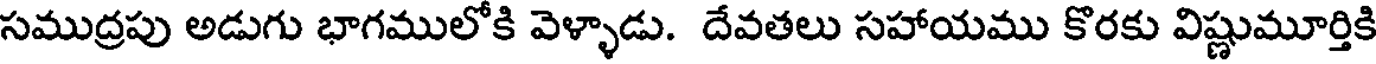
సముద్రపు అడుగు భాగములోకి వెళ్ళాడు. దేవతలు సహాయము కొరకు విష్ణుమూర్తికి